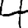
Digit: 4